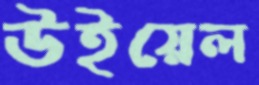
উইয়েল